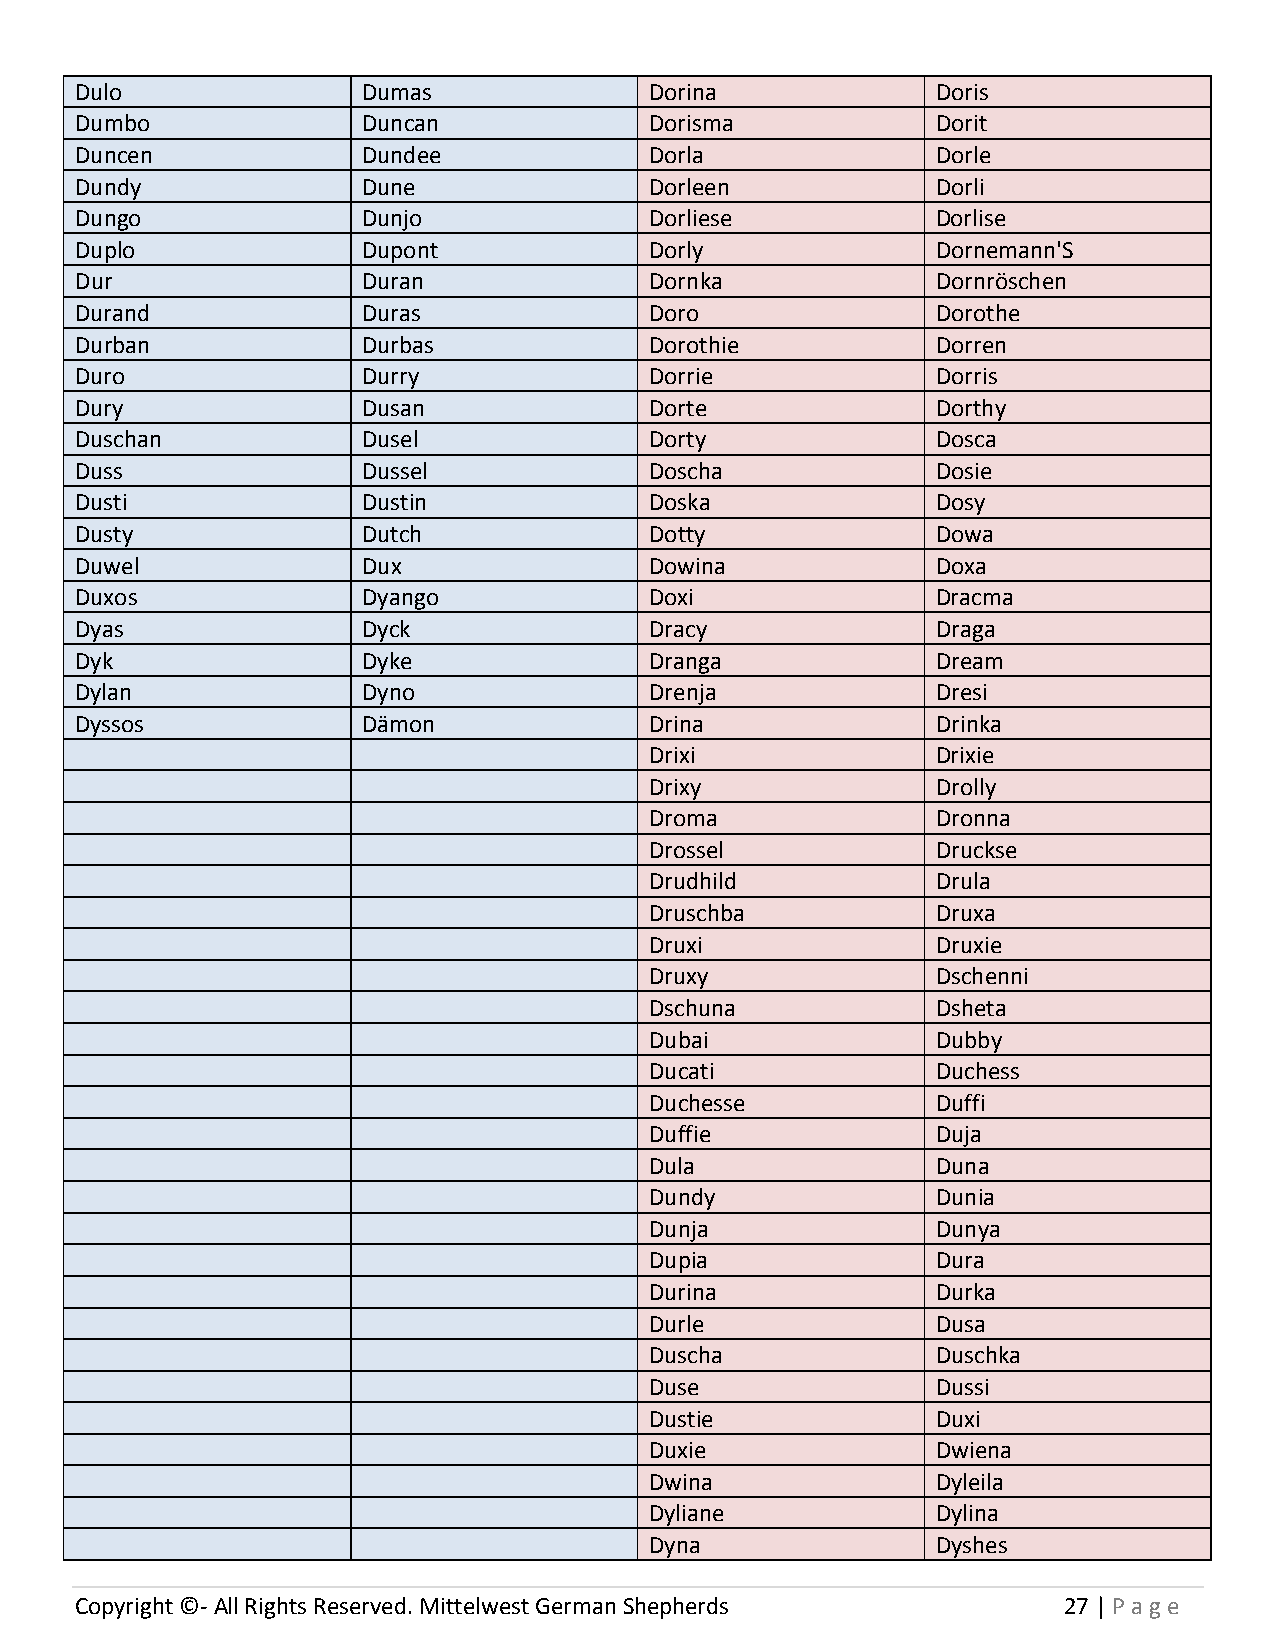
Dulo               Dumas              Dorina             Doris
 Dumbo              Duncan             Dorisma            Dorit
 Duncen             Dundee             Dorla              Dorle
 Dundy              Dune               Dorleen            Dorli
 Dungo              Dunjo              Dorliese           Dorlise
 Duplo              Dupont             Dorly              Dornemann'S
 Dur                Duran              Dornka             Dornröschen
 Durand             Duras              Doro               Dorothe
 Durban             Durbas             Dorothie           Dorren
 Duro               Durry              Dorrie             Dorris
 Dury               Dusan              Dorte              Dorthy
 Duschan            Dusel              Dorty              Dosca
 Duss               Dussel             Doscha             Dosie
 Dusti              Dustin             Doska              Dosy
 Dusty              Dutch              Dotty              Dowa
 Duwel              Dux                Dowina             Doxa
 Duxos              Dyango             Doxi               Dracma
 Dyas               Dyck               Dracy              Draga
 Dyk                Dyke               Dranga             Dream
 Dylan              Dyno               Drenja             Dresi
 Dyssos             Dämon              Drina              Drinka
 Drixi              Drixie
 Drixy              Drolly
 Droma              Dronna
 Drossel            Druckse
 Drudhild           Drula
 Druschba           Druxa
 Druxi              Druxie
 Druxy              Dschenni
 Dschuna            Dsheta
 Dubai              Dubby
 Ducati             Duchess
 Duchesse           Duffi
 Duffie             Duja
 Dula               Duna
 Dundy              Dunia
 Dunja              Dunya
 Dupia              Dura
 Durina             Durka
 Durle              Dusa
 Duscha             Duschka
 Duse               Dussi
 Dustie             Duxi
 Duxie              Dwiena
 Dwina              Dyleila
 Dyliane            Dylina
 Dyna               Dyshes
 Copyright ©- All Rights Reserved. Mittelwest German Shepherds    27 | P age